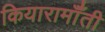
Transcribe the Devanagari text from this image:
कियारामॉँती